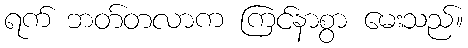
ရက် ဘတ်တလာက ကြင်နာစွာ မေးသည်။